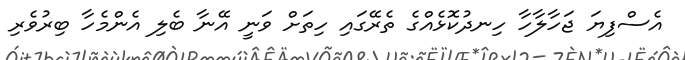
އެސްފިޔަ ޖަހާލާހާ ހިނދުކޮޅެއްގެ ތެރޭގައި ހިތަށް ވަނީ އޭނާ ބެލި އެންމެހާ ބިރުވެރި